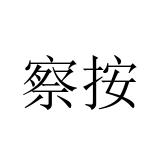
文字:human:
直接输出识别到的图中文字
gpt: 察按